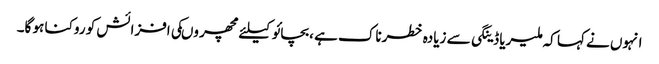
انہوں نے کہا کہ ملیریا ڈینگی سے زیادہ خطرناک ہے ،بچائو کیلئے مچھر وںکی افزائش کو روکنا ہو گا۔